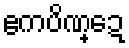
ဧကပိဏ္ဍေ